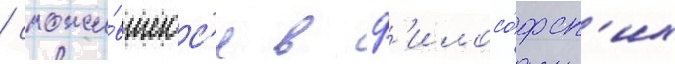
/ сложи́вшегос'я в ф'илосо́фск'их